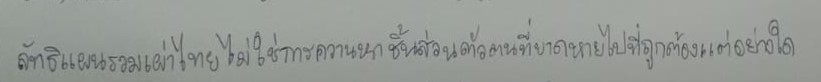
ลัทธิแผนรวมเผ่าไทยไม่ใช่การควานหาชิ้นส่วนตัวตนที่ขาดหายไปที่ถูกต้องแต่อย่างใด